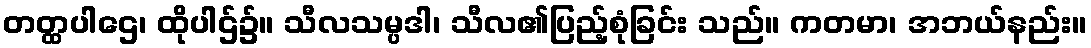
တတ္ထပါဌေ၊ ထိုပါဌ်၌။ သီလသမ္ပဒါ၊ သီလ၏ပြည့်စုံခြင်း သည်။ ကတမာ၊ အဘယ်နည်း။